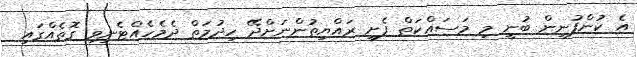
އެ ކުންފުނިން ބުނީ މި މަސައްކަތް ފެށީ ރައްޔިތުންނަށްދޭ ހިދުމަތް ދެމެހެއްޓެނިވި ގޮތެއްގައި